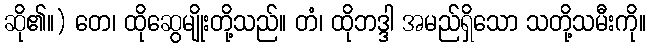
ဆို၏။) တေ၊ ထိုဆွေမျိုးတို့သည်။ တံ၊ ထိုဘဒ္ဒါ အမည်ရှိသော သတို့သမီးကို။